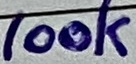
Text: 100k